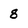
Character: 8